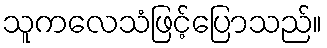
သူကလေသံဖြင့်ပြောသည်။